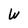
Character: W